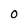
Character: 0